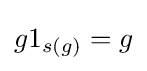
g1_{s(g)}=g